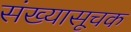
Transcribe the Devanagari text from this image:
संख्यासूचक